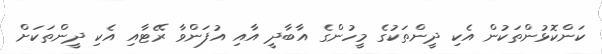
ކަންކޮޮޅުންތަކުން އެކި ދީންތަކުގެ މީހުންގެ އާބާދީ އާއި އުފަންވާ ރޭޓާއި އެކި ދީންތަކަށް